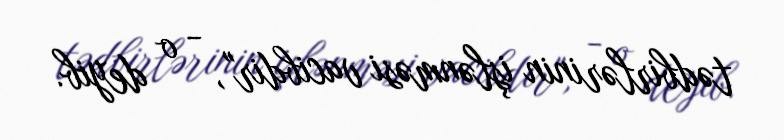
tədbirlərinin işlənməsi vacibdir", - o deyib.